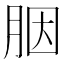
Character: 胭